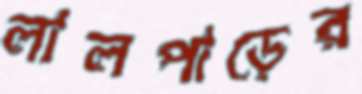
লালপাড়ের